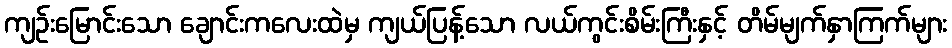
ကျဉ်းမြောင်းသော ချောင်းကလေးထဲမှ ကျယ်ပြန့်သော လယ်ကွင်းစိမ်းကြီးနှင့် တိမ်မျက်နှာကြက်များ